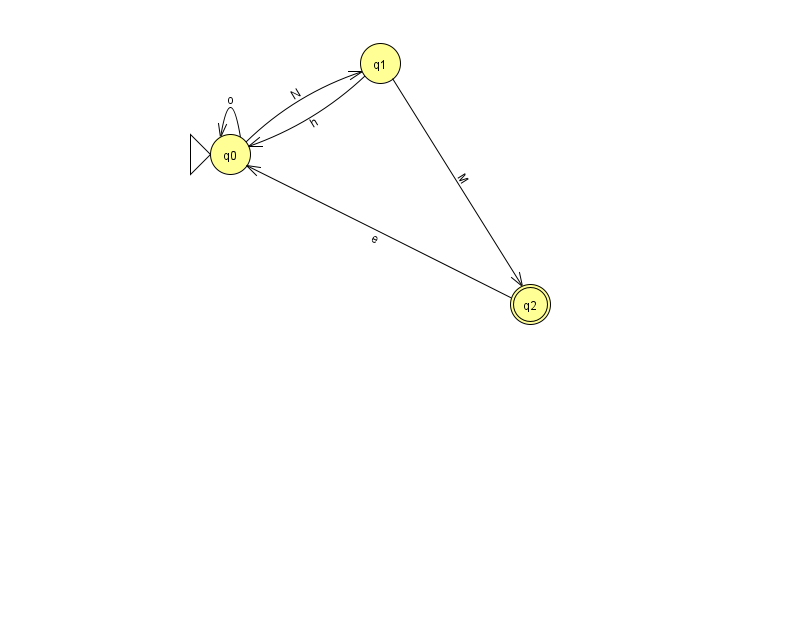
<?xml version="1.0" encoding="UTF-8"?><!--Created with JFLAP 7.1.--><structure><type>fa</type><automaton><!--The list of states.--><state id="0" name="q0"><x>230.0</x><y>141.0</y><initial/></state><state id="1" name="q1"><x>380.0</x><y>50.0</y></state><state id="2" name="q2"><x>530.0</x><y>291.0</y><final/></state><!--The list of transitions.--><transition><from>0</from><to>1</to><read>N</read></transition><transition><from>1</from><to>0</to><read>h</read></transition><transition><from>2</from><to>0</to><read>e</read></transition><transition><from>1</from><to>2</to><read>M</read></transition><transition><from>0</from><to>0</to><read>o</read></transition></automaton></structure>